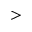
>